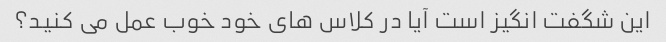
این شگفت انگیز است آیا در کلاس های خود خوب عمل می کنید؟